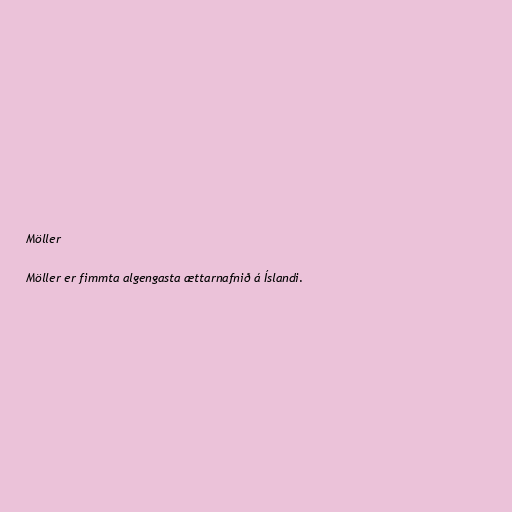
Möller

Möller er fimmta algengasta ættarnafnið á Íslandi.